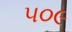
૫૦૯